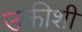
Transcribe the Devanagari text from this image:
उक्तीशी